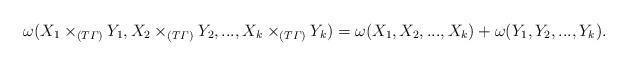
LaTeX: \begin{align*}\omega(X_1 \times_{(T\varGamma)} Y_1, X_2 \times_{(T\varGamma)} Y_2,...,X_k \times_{(T\varGamma)} Y_k) = \omega(X_1, X_2 ,...,X_k) + \omega(Y_1, Y_2,...,Y_k).\end{align*}